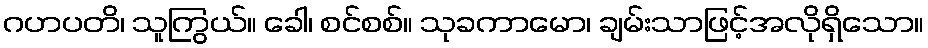
ဂဟပတိ၊ သူကြွယ်။ ခေါ၊ စင်စစ်။ သုခကာမော၊ ချမ်းသာဖြင့်အလိုရှိသော။